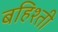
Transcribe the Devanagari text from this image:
बहिश्ती